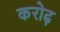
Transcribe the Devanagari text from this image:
करोढ़